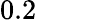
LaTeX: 0.2\hphantom{0000}